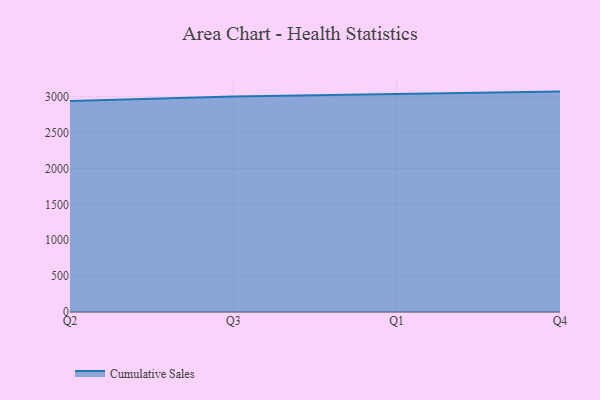
{"axis": {"x": "Quarter", "y": "Active Users"}, "legend": ["Cumulative Sales"], "data": [{"x": "Q2", "y": 2940.1, "type": "Cumulative Sales"}, {"x": "Q3", "y": 3002.0, "type": "Cumulative Sales"}, {"x": "Q1", "y": 3037.5, "type": "Cumulative Sales"}, {"x": "Q4", "y": 3071.3, "type": "Cumulative Sales"}]}